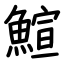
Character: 鰚